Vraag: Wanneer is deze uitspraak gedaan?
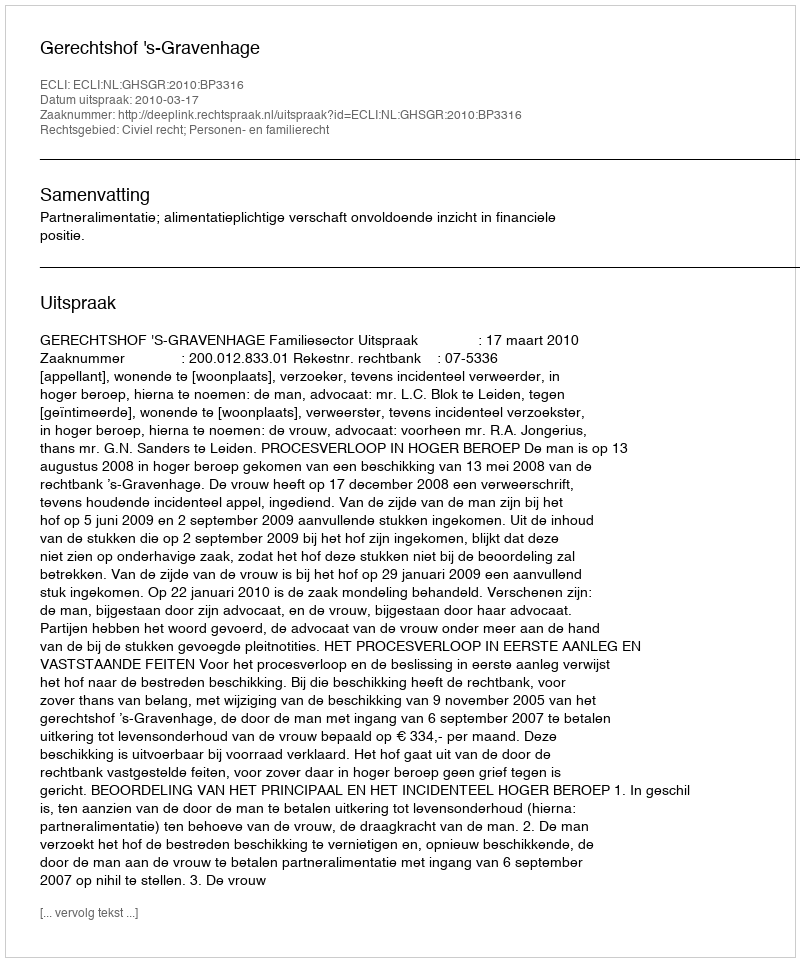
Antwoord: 2010-03-17